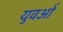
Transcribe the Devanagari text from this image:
युवओं